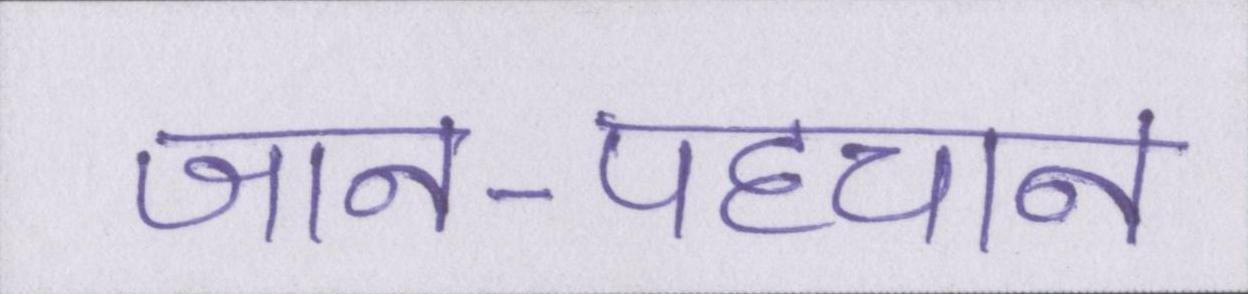
जान-पहचान